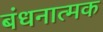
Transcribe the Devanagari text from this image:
बंधनात्मक